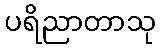
ပရိညာတာသု